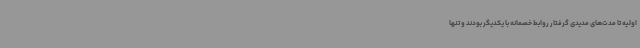
اولیه تا مدت‌های مدیدی گرفتار روابط خصمانه با یکدیگر بودند و تنها